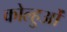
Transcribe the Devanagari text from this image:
कोल्हुओं